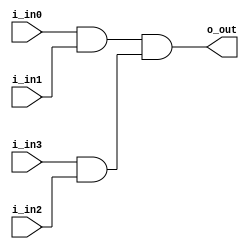
`timescale 1 ns /1 ps
module four_in_and (o_out, i_in0, i_in1, i_in2, i_in3);

	output	o_out;
	input	i_in0, i_in1, i_in2, i_in3;

	wire c1,c2;

	and (c1, i_in0, i_in1);
	and (c2, i_in3, i_in2);
	and (o_out, c1, c2);

endmodule

module five_in_or(o_out, i_in);

	output			o_out;
	input	[4:0]	i_in;

	wire c1,c2,c3;

	or(c1, i_in[0], i_in[1]);
	or(c2, i_in[2], i_in[3]);
	or(c3, c1 , c2);
	or(o_out, i_in[4], c3);

endmodule

module one_bit_mux(i_in0, i_in1, i_in2, i_in3, i_in4, i_ctrl, o_out);

	input	i_in0, i_in1, i_in2, i_in3, i_in4;
	input	[2:0] i_ctrl;
	output	o_out;

	wire [4:0] select;

	wire [2:0] not_ctrl;

	not n1 (not_ctrl[0], i_ctrl[0]);
	not n2 (not_ctrl[1], i_ctrl[1]);
	not n3 (not_ctrl[2], i_ctrl[2]);

	four_in_and and1 (select[0], i_in0, not_ctrl[0],	not_ctrl[1],	not_ctrl[2]);
	four_in_and and2 (select[1], i_in1, i_ctrl[0],		not_ctrl[1],	not_ctrl[2]);
	four_in_and and3 (select[2], i_in2, not_ctrl[0],	i_ctrl[1],		not_ctrl[2]);
	four_in_and and4 (select[3], i_in3, i_ctrl[0],		i_ctrl[1],		not_ctrl[2]);
	four_in_and and5 (select[4], i_in4, not_ctrl[0],	not_ctrl[1],	i_ctrl[2]);

	five_in_or or1 (o_out, select);

endmodule

module mux(i_data0, i_data1, i_data2, i_data3, i_data4, i_ctrl, o_data);

	parameter WIDTH=4;

	input	[WIDTH-1:0]	i_data0, i_data1, i_data2, i_data3, i_data4;
	input	[2:0]	i_ctrl;

	output	[WIDTH-1:0] 	o_data;

	genvar i;

	generate
		for (i=0; i<WIDTH; i=i+1) begin:mux
			one_bit_mux stage (.i_in0(i_data0[i]),
							   .i_in1(i_data1[i]),
							   .i_in2(i_data2[i]),
							   .i_in3(i_data3[i]),
							   .i_in4(i_data4[i]),
							   .i_ctrl(i_ctrl),
							   .o_out(o_data[i])
							   );
		end //mux
	endgenerate

endmodule